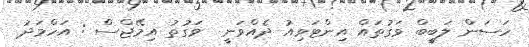
ހަސަން ލަބީބް ވަގުތައް އިންޓަވިއު ދެއްވަނީ  ވަގުތު އިމޭޖްސް : އަހްމަދު